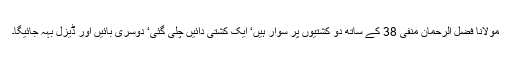
مولانا فضل الرحمان منفی 38 کے ساتھ دو کشتیوں پر سوار ہیں‘ ایک کشتی دائیں چلی گئی‘ دوسری بائیں اور ڈیزل بہہ جائیگا۔